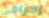
إجرامي